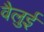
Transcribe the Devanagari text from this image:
वैलुई